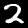
Digit: 2